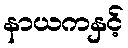
နာယကနှင့်